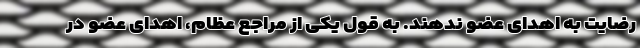
رضایت به اهدای عضو ندهند. به قول یکی از مراجع عظام، اهدای عضو در